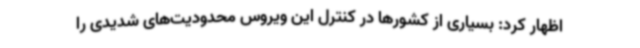
اظهار کرد: بسیاری از کشورها در کنترل این ویروس محدودیت‌های شدیدی را